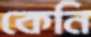
কেনি